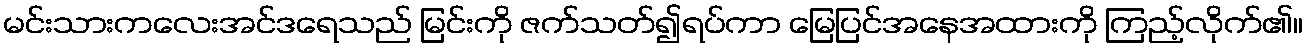
မင်းသားကလေးအင်ဒရေသည် မြင်းကို ဇက်သတ်၍ရပ်ကာ မြေပြင်အနေအထားကို ကြည့်လိုက်၏။